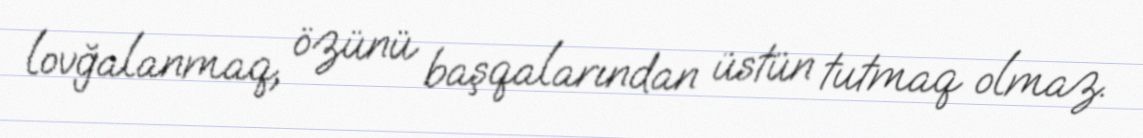
lovğalanmaq, özünü başqalarından üstün tutmaq olmaz.